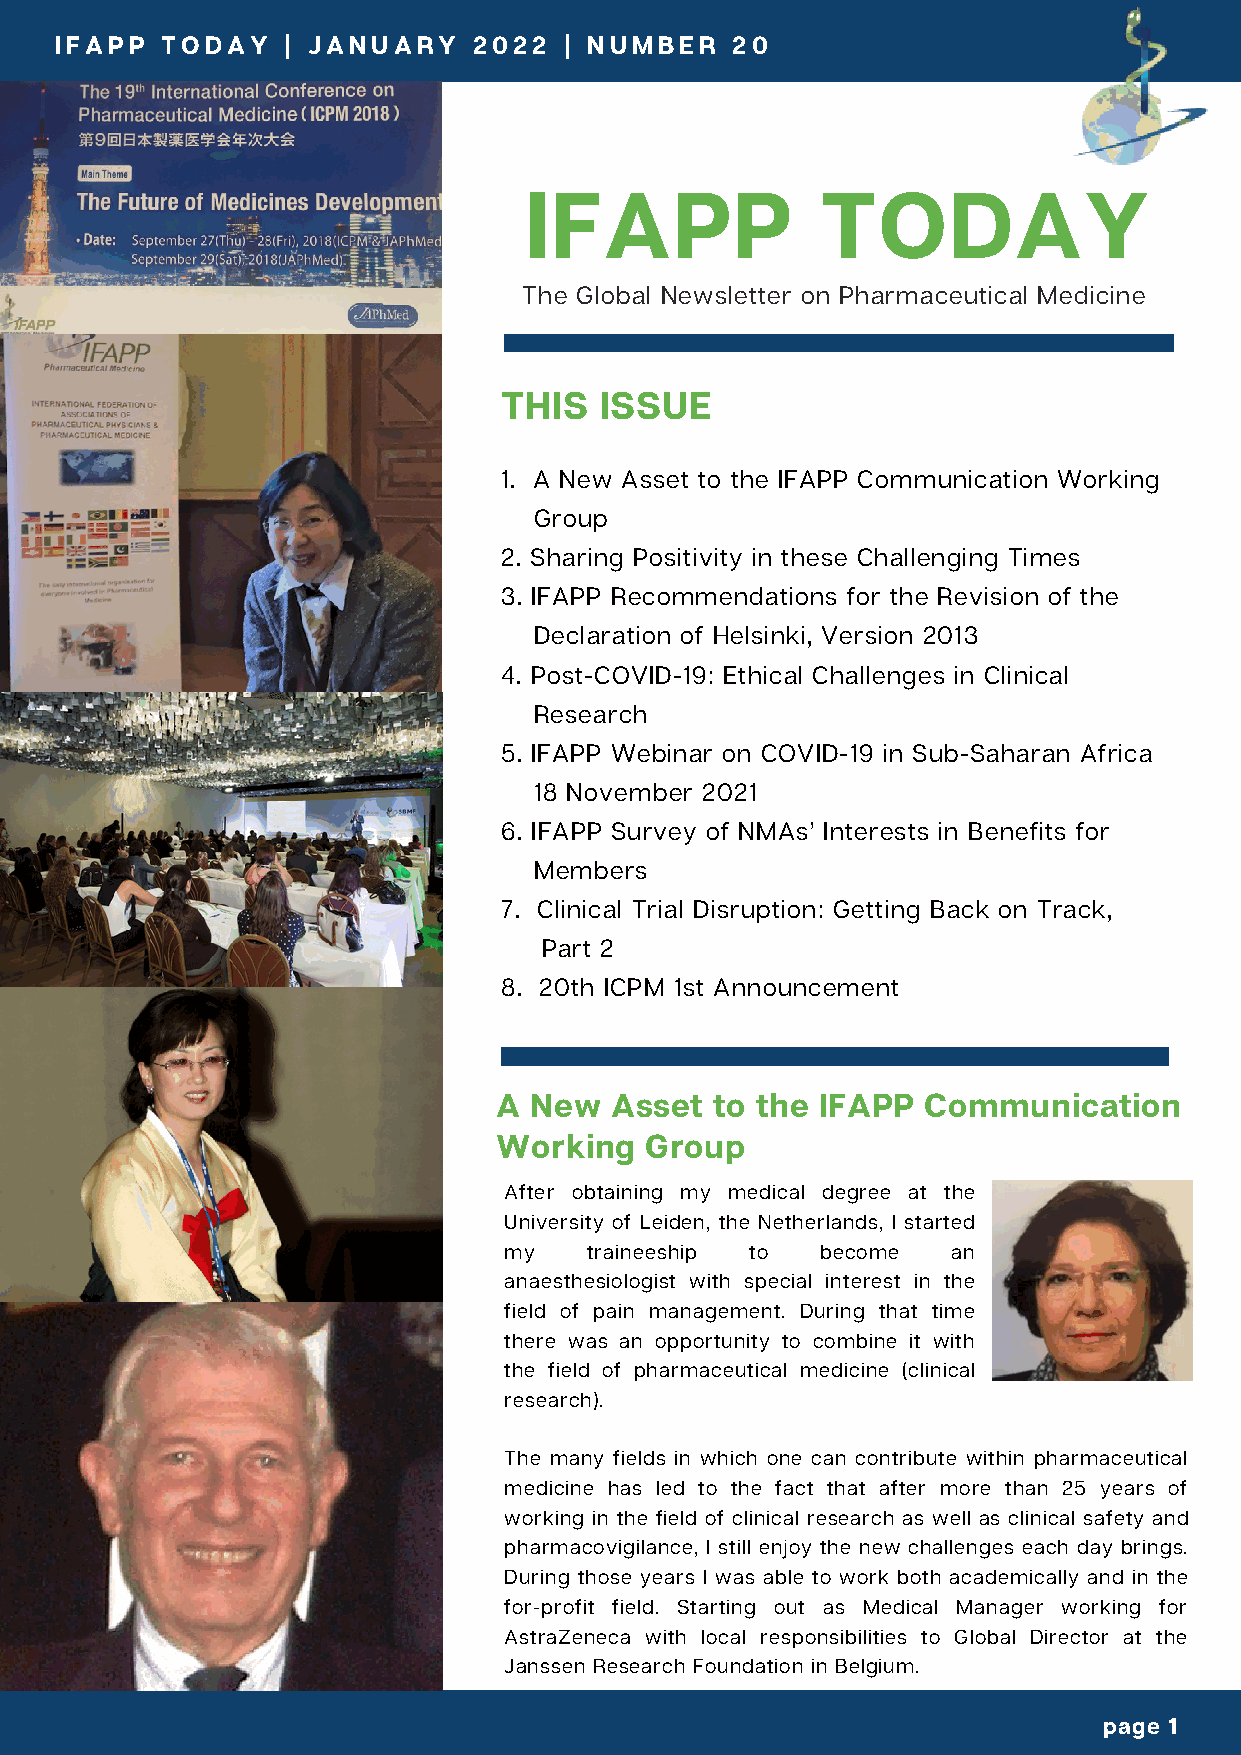
IFAPP  TODAY   | JANUARY   2022  | NUMBER   20
 IFAPP              TODAY
 The Global Newsletter on Pharmaceutical Medicine
 THIS   ISSUE
 1. A New Asset to the IFAPP Communication Working
 Group
 2. Sharing Positivity in these Challenging Times
 3. IFAPP Recommendations for the Revision of the
 Declaration of Helsinki, Version 2013
 4. Post-COVID-19: Ethical Challenges in Clinical
 Research
 5. IFAPP Webinar on COVID-19 in Sub-Saharan Africa
 18 November 2021
 6. IFAPP Survey of NMAs’ Interests in Benefits for
 Members
 7. Clinical Trial Disruption: Getting Back on Track,
 Part 2
 8. 20th ICPM 1st Announcement
 A New  Asset  to the IFAPP  Communication
 Working   Group
 After obtaining my medical degree at the
 University of Leiden, the Netherlands, I started
 my    traineeship to become   an
 anaesthesiologist with special interest in the
 field of pain management. During that time
 there was an opportunity to combine it with
 the field of pharmaceutical medicine (clinical
 research).
 The many fields in which one can contribute within pharmaceutical
 medicine has led to the fact that after more than 25 years of
 working in the field of clinical research as well as clinical safety and
 pharmacovigilance, I still enjoy the new challenges each day brings.
 During those years I was able to work both academically and in the
 for-profit field. Starting out as Medical Manager working for
 AstraZeneca with local responsibilities to Global Director at the
 Janssen Research Foundation in Belgium.
 page 1